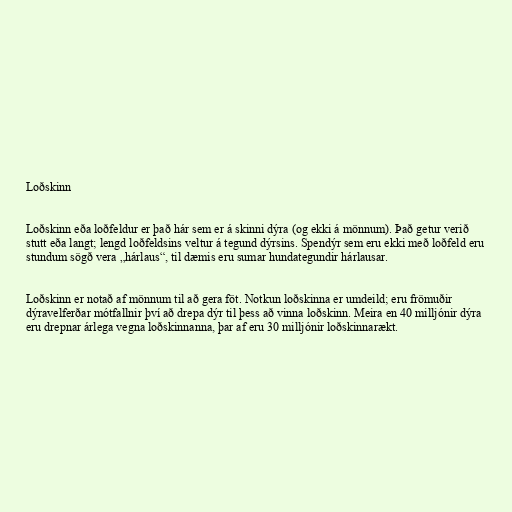
Loðskinn

Loðskinn eða loðfeldur er það hár sem er á skinni dýra (og ekki á mönnum). Það getur verið
stutt eða langt; lengd loðfeldsins veltur á tegund dýrsins. Spendýr sem eru ekki með loðfeld eru
stundum sögð vera „hárlaus“, til dæmis eru sumar hundategundir hárlausar.

Loðskinn er notað af mönnum til að gera föt. Notkun loðskinna er umdeild; eru frömuðir
dýravelferðar mótfallnir því að drepa dýr til þess að vinna loðskinn. Meira en 40 milljónir dýra
eru drepnar árlega vegna loðskinnanna, þar af eru 30 milljónir loðskinnarækt.